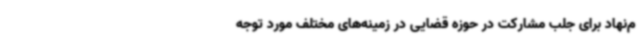
م‌نهاد برای جلب مشارکت در حوزه قضایی در زمینه‌های مختلف مورد توجه